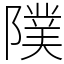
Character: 䧤